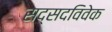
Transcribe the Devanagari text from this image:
सद्सदविवेक